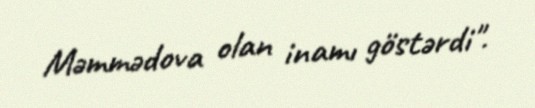
Məmmədova olan inamı göstərdi".